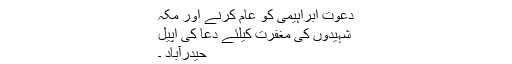
دعوت ابراہیمی کو عام کرنے اور مکہ
شہیدوں کی مغفرت کیلئے دعا کی اپیل
حیدرآباد ۔